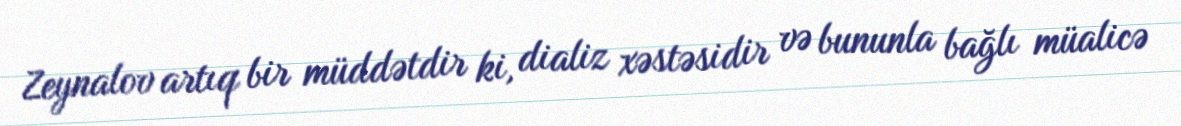
Zeynalov artıq bir müddətdir ki, dializ xəstəsidir və bununla bağlı müalicə